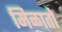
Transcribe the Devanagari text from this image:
मिळातो